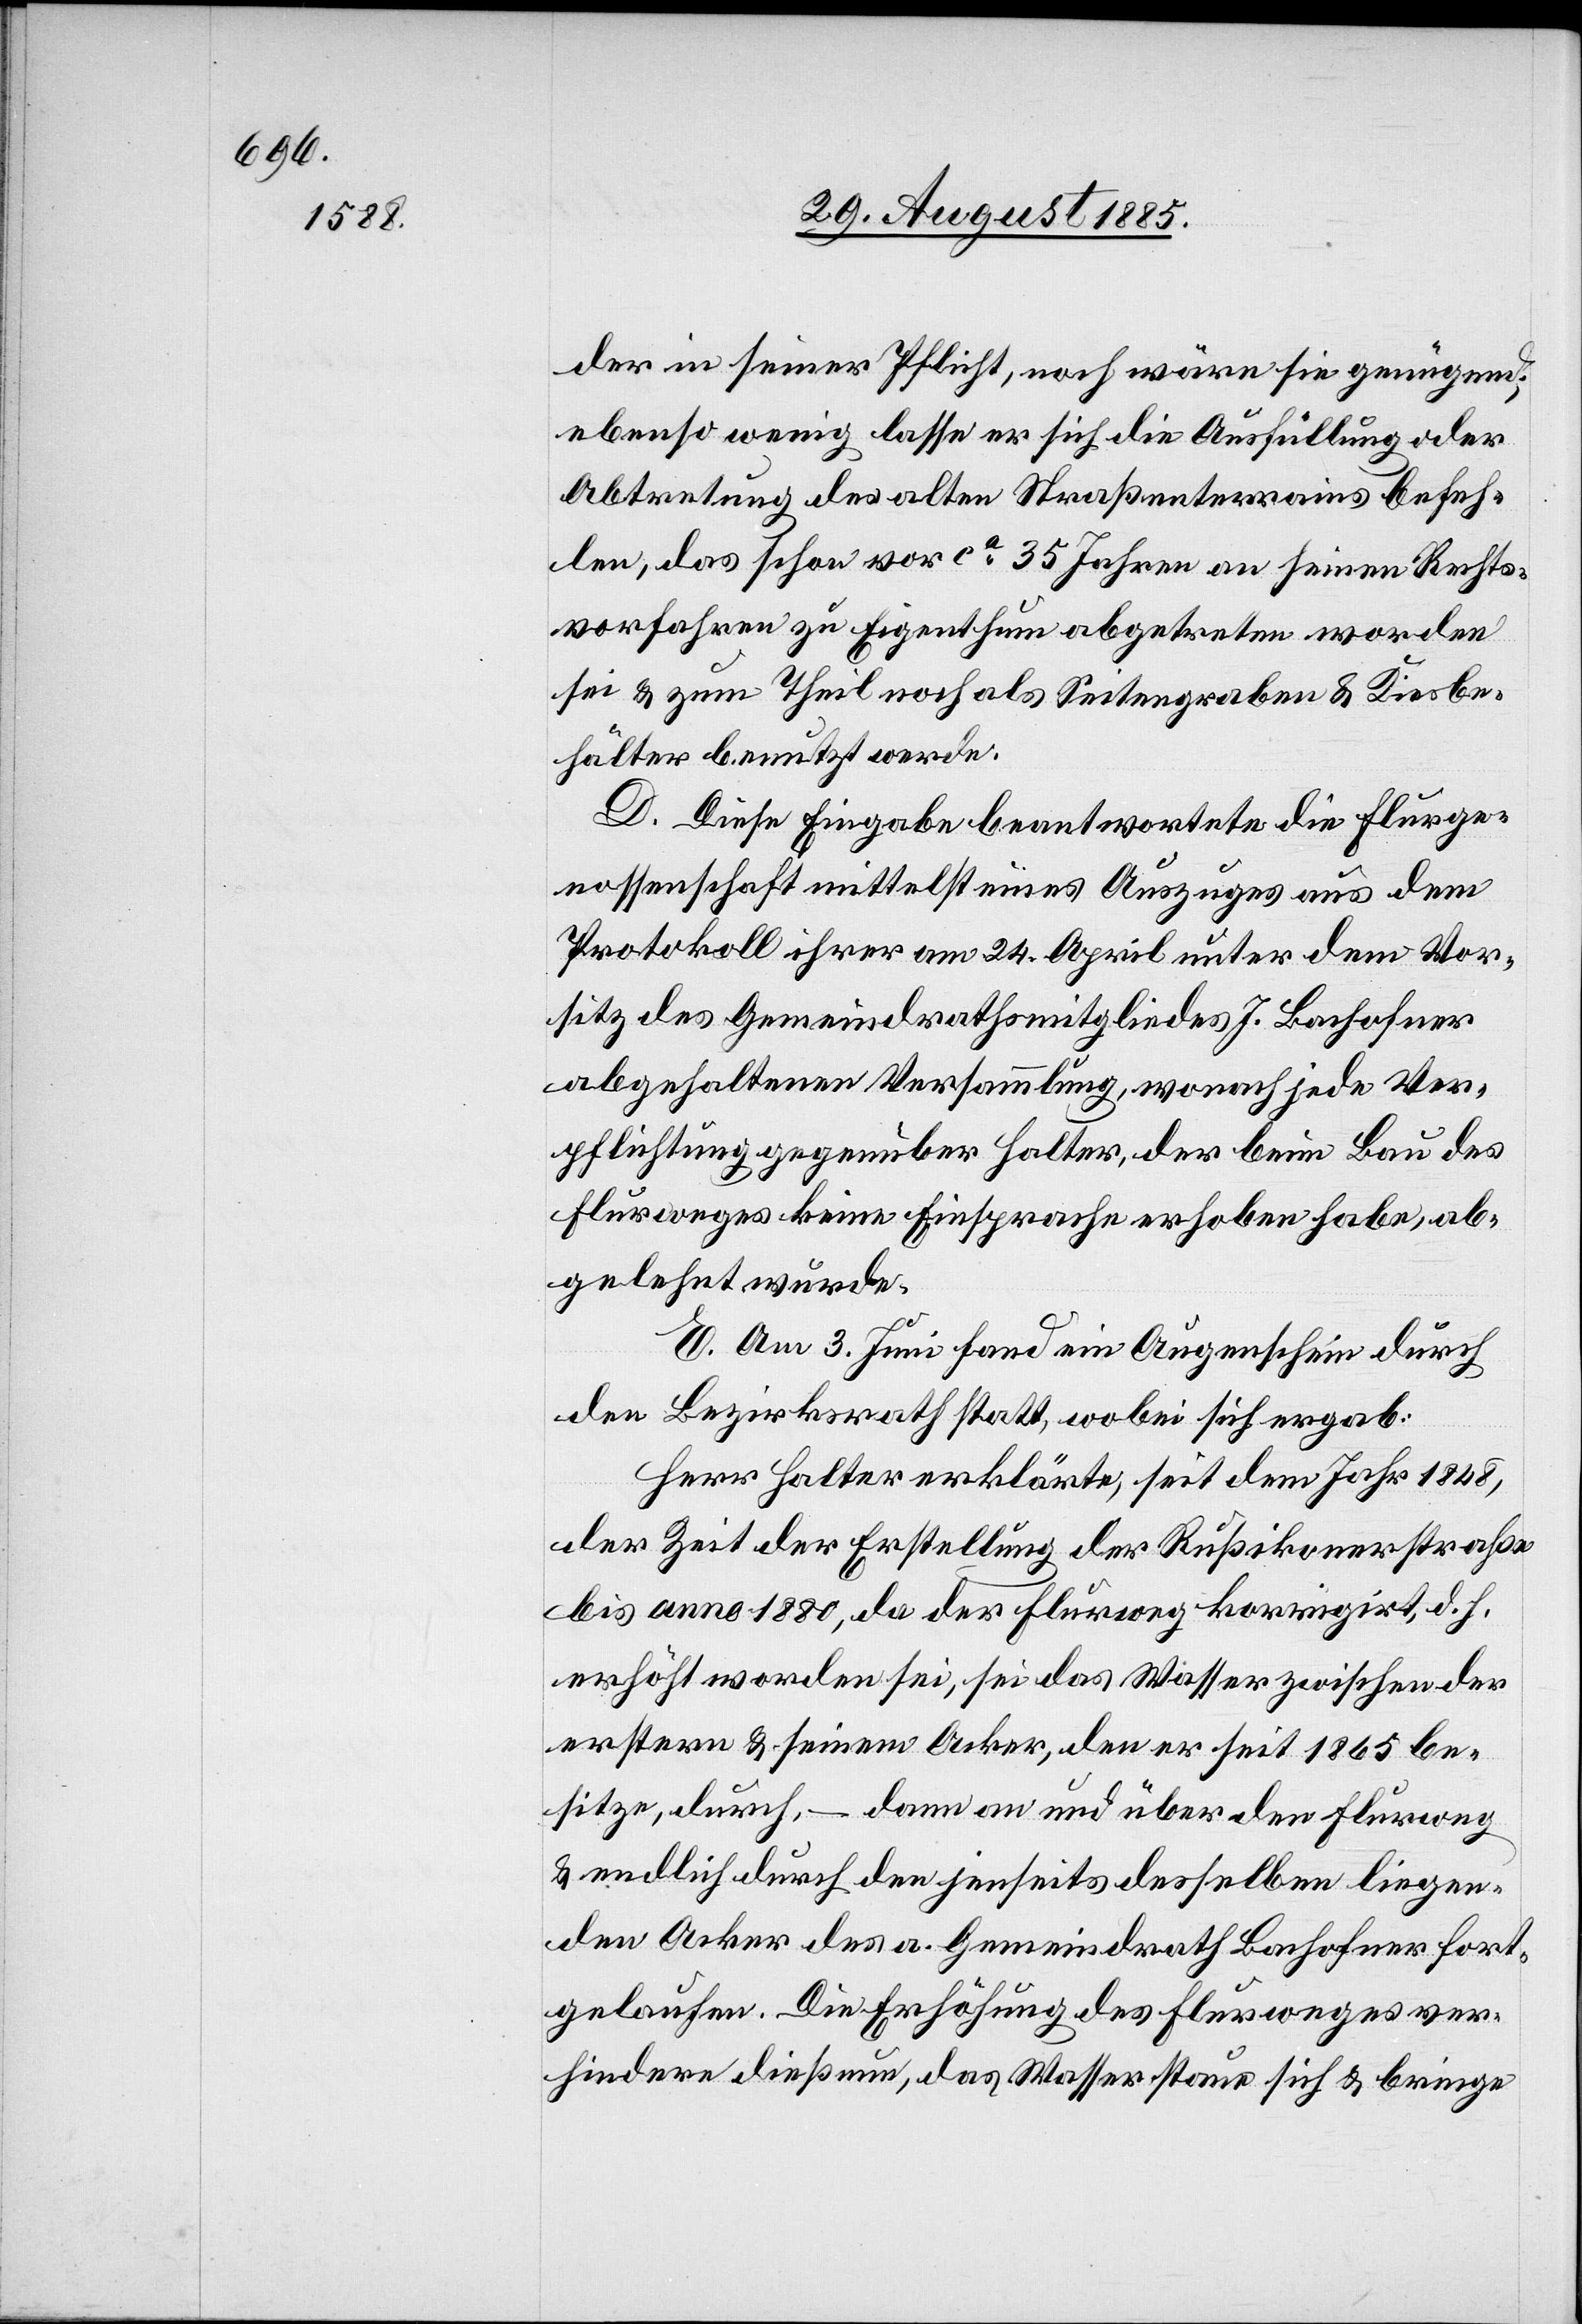
der in seiner Pflicht, noch wäre sie genügend;
ebenso wenig lasse er sich die Ausfüllung oder
Abtretung des alten Straßenterrains befeh¬
len, das schon vor ca 35 Jahren an seinen Rechts¬
vorfahren zu Eigenthum abgetreten worden
sei & zum Theil noch als Seitengraben & Kiesbe¬
hälter benutzt werde.
D. Diese Eingabe beantwortete die Flurge¬
nossenschaft mittelst eines Auszuges aus dem
Protokoll ihrer am 24. April unter dem Vor¬
sitz des Gemeindrathsmitgliedes J. Bachofner
abgehaltenen Versammlung, wonach jede Ver¬
pflichtung gegenüber Halter, der beim Bau des
Flurweges keine Einsprache erhoben habe, ab¬
gelehnt wurde.
E. Am 3. Juni fand ein Augenschein durch
den Bezirksrath statt, wobei sich ergab:
Herr Halter erklärte, seit dem Jahr 1848,
der Zeit der Erstellung der Rußikonerstraße
bis anno 1880, da der Flurweg korrigirt, d. h.
erhöht worden sei, sei das Wasser zwischen der
erstern & seinem Acker, den er seit 1865 be¬
sitze, durch, – dann an und über den Flurweg
& endlich durch den jenseits desselben liegen¬
den Acker des a. Gemeindrath Bachofner fort¬
gelaufen. Die Erhöhung des Flurweges ver¬
hindere dieß nun, das Wasser staue sich & bringe